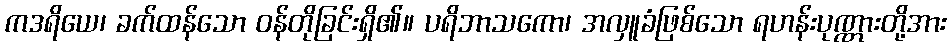
ကဒရိယေ၊ ခက်ထန်သော ဝန်တိုခြင်းရှိ၏။ ပရိဘာသကော၊ အလှူခံဖြစ်သော ရဟန်းပုဏ္ဏားတို့အား